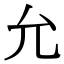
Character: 允